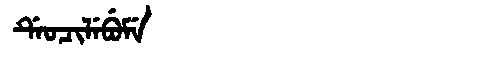
Manchu: ᡩᡝᠣᠴᡳᠯᡝᠪᡠᠮᡝ
Romanization: DEOCILEBUME